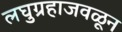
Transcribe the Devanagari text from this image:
लघुग्रहाजवळून